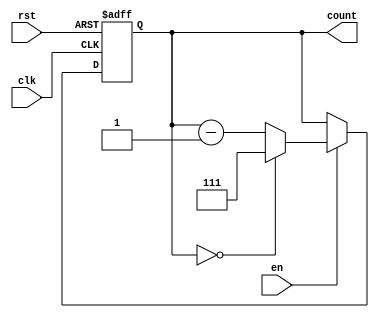
module binary_down_counter #(
    parameter N = 3 // Number of bits for the counter
)(
    input wire clk,      // Clock input
    input wire rst,      // Asynchronous reset input
    input wire en,       // Enable input
    output reg [N-1:0] count // Counter output
);

    // Maximum value for N-bit counter
    localparam MAX_VALUE = (1 << N) - 1; // 2^N - 1

    // Always block triggered on the rising edge of the clock or when reset is active
    always @(posedge clk or posedge rst) begin
        if (rst) begin
            // Reset the counter to maximum value
            count <= MAX_VALUE;
        end else if (en) begin
            // Decrement the counter
            if (count == 0) begin
                count <= MAX_VALUE; // Wrap around to maximum value
            end else begin
                count <= count - 1; // Decrement the counter
            end
        end
        // If enable is low, retain the current value of count
    end

endmodule